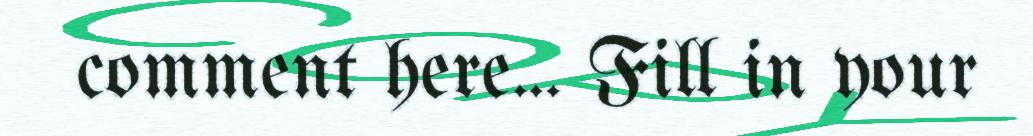
comment here... Fill in your